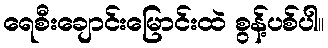
ရေစီးချောင်းမြောင်းထဲ စွန့်ပစ်ပါ။